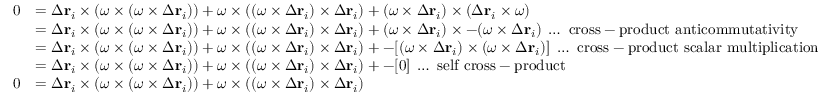
{ \begin{array} { r l } { 0 } & { = \Delta \mathbf { r } _ { i } \times ( { \boldsymbol { \omega } } \times ( { \boldsymbol { \omega } } \times \Delta \mathbf { r } _ { i } ) ) + { \boldsymbol { \omega } } \times ( ( { \boldsymbol { \omega } } \times \Delta \mathbf { r } _ { i } ) \times \Delta \mathbf { r } _ { i } ) + ( { \boldsymbol { \omega } } \times \Delta \mathbf { r } _ { i } ) \times ( \Delta \mathbf { r } _ { i } \times { \boldsymbol { \omega } } ) } \\ & { = \Delta \mathbf { r } _ { i } \times ( { \boldsymbol { \omega } } \times ( { \boldsymbol { \omega } } \times \Delta \mathbf { r } _ { i } ) ) + { \boldsymbol { \omega } } \times ( ( { \boldsymbol { \omega } } \times \Delta \mathbf { r } _ { i } ) \times \Delta \mathbf { r } _ { i } ) + ( { \boldsymbol { \omega } } \times \Delta \mathbf { r } _ { i } ) \times - ( { \boldsymbol { \omega } } \times \Delta \mathbf { r } _ { i } ) \; \ldots { \mathrm { ~ c r o s s - p r o d u c t ~ a n t i c o m m u t a t i v i t y } } } \\ & { = \Delta \mathbf { r } _ { i } \times ( { \boldsymbol { \omega } } \times ( { \boldsymbol { \omega } } \times \Delta \mathbf { r } _ { i } ) ) + { \boldsymbol { \omega } } \times ( ( { \boldsymbol { \omega } } \times \Delta \mathbf { r } _ { i } ) \times \Delta \mathbf { r } _ { i } ) + - [ ( { \boldsymbol { \omega } } \times \Delta \mathbf { r } _ { i } ) \times ( { \boldsymbol { \omega } } \times \Delta \mathbf { r } _ { i } ) ] \; \ldots { \mathrm { ~ c r o s s - p r o d u c t ~ s c a l a r ~ m u l t i p l i c a t i o n } } } \\ & { = \Delta \mathbf { r } _ { i } \times ( { \boldsymbol { \omega } } \times ( { \boldsymbol { \omega } } \times \Delta \mathbf { r } _ { i } ) ) + { \boldsymbol { \omega } } \times ( ( { \boldsymbol { \omega } } \times \Delta \mathbf { r } _ { i } ) \times \Delta \mathbf { r } _ { i } ) + - [ 0 ] \; \ldots { \mathrm { ~ s e l f ~ c r o s s - p r o d u c t } } } \\ { 0 } & { = \Delta \mathbf { r } _ { i } \times ( { \boldsymbol { \omega } } \times ( { \boldsymbol { \omega } } \times \Delta \mathbf { r } _ { i } ) ) + { \boldsymbol { \omega } } \times ( ( { \boldsymbol { \omega } } \times \Delta \mathbf { r } _ { i } ) \times \Delta \mathbf { r } _ { i } ) } \end{array} }